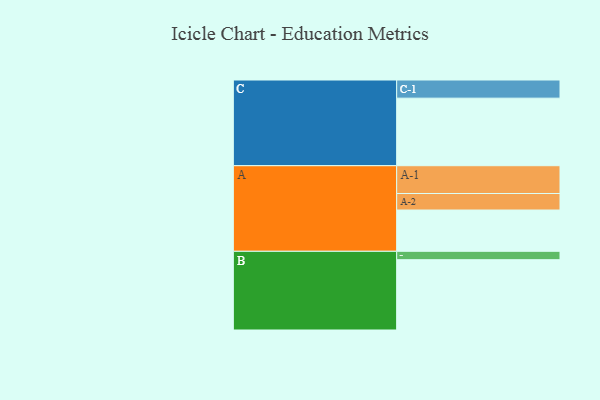
{"axis": {"x": "Segment", "y": "Value"}, "legend": ["", "A", "B", "C"], "data": [{"x": "A", "y": 300, "type": ""}, {"x": "B", "y": 511, "type": ""}, {"x": "C", "y": 491, "type": ""}, {"x": "A-1", "y": 202, "type": "A"}, {"x": "A-2", "y": 120, "type": "A"}, {"x": "B-1", "y": 61, "type": "B"}, {"x": "C-1", "y": 132, "type": "C"}]}